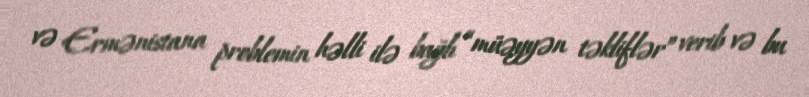
və Ermənistana problemin həlli ilə bağlı “müəyyən təkliflər” verib və bu